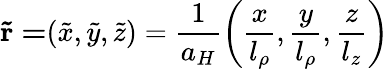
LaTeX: \mathbf{\tilde{r}=}(\tilde{x},\tilde{y},\tilde{z})=\frac{1}{a_{H}}\left(\frac{x}{l_{\rho}},\frac{y}{l_{\rho}},\frac{z}{l_{z}}\right)